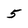
Character: 5